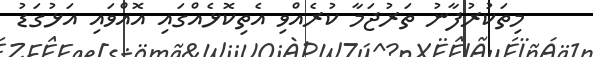
މިތަކުރުފާނު ތަރުޖަމާ ކުރެއްވި އެތިކޮޅެއްގައި އޮއްވައި އަޅުގަޑު